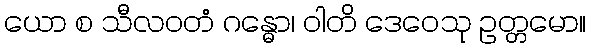
ယော စ သီလဝတံ ဂန္ဓော၊ ဝါတိ ဒေဝေသု ဥတ္တမော။